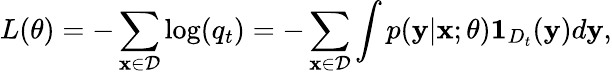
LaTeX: L(\theta)=-\sum_{\mathbf{x}\in\mathcal{D}}\log(q_{t})=-\sum_{\mathbf{x}\in\mathcal{D}}\int p(\mathbf{y}\vert\mathbf{x};\theta)\mathbf{1}_{D_{t}}(\mathbf{y})d\mathbf{y},